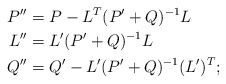
\begin{align*}P^{\prime\prime} & =P-L^{T}(P^{\prime}+Q)^{-1}L\\L^{\prime\prime} & =L^{\prime}(P^{\prime}+Q)^{-1}L\\Q^{\prime\prime} & =Q^{\prime}-L^{\prime}(P^{\prime}+Q)^{-1}(L^{\prime})^{T}; \end{align*}